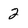
Character: 2